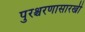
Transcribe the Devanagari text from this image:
पुरश्चरणासारखी